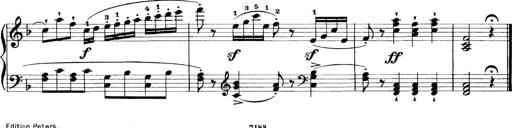
Title: 11 Sonatinas
Composer: Anton Diabelli